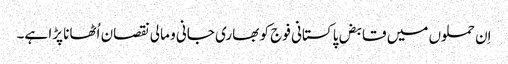
اِن حملوں میں قابض پاکستانی فوج کو بھاری جانی و مالی نقصان اُٹھانا پڑا ہے۔